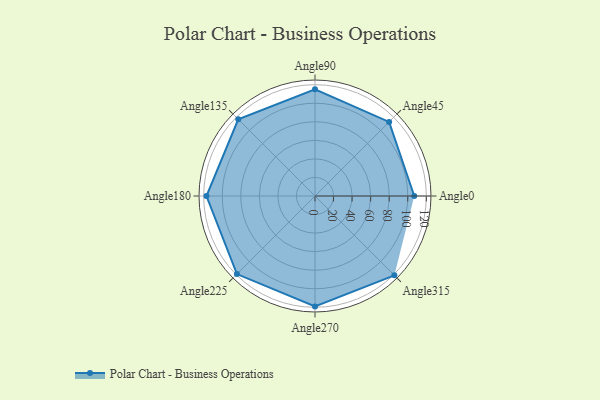
{"axis": {"x": "Angle", "y": "Radius"}, "legend": [""], "data": [{"x": "Angle0", "y": 107.0, "type": ""}, {"x": "Angle45", "y": 113.0, "type": ""}, {"x": "Angle90", "y": 115.0, "type": ""}, {"x": "Angle135", "y": 117.0, "type": ""}, {"x": "Angle180", "y": 117.0, "type": ""}, {"x": "Angle225", "y": 119.0, "type": ""}, {"x": "Angle270", "y": 119.0, "type": ""}, {"x": "Angle315", "y": 121.0, "type": ""}]}